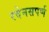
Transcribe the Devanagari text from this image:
रवेनसपर्ण